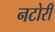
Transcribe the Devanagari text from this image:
नटोरी